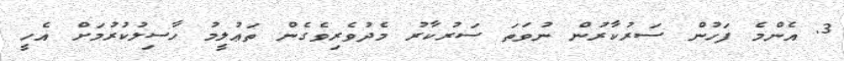
3. އެންމެ ފަހުން ސަރުކާރުން ނުވަތަ ސަރުކާރު މެދުވެރިވެގެން ތަޢުލީމު ހާސިލުކުރުމަށް އެހީ